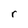
Character: r